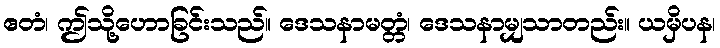
ဧတံ၊ ဤသို့ဟောခြင်းသည်။ ဒေသနာမတ္တံ၊ ဒေသနာမျှသာတည်း။ ယမှိပန၊